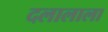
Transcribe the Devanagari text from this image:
दलालाला